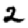
Digit: 2